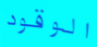
الوقود